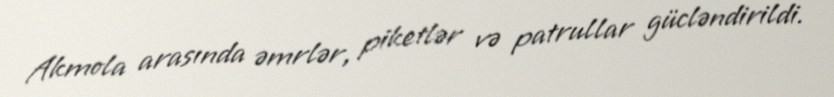
Akmola arasında əmrlər, piketlər və patrullar gücləndirildi.